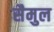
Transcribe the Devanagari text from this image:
सैमुल